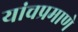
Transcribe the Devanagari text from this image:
यांचप्रमाणे